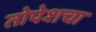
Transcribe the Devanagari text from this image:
तोपेशचा